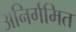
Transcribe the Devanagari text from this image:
अनिर्गमित